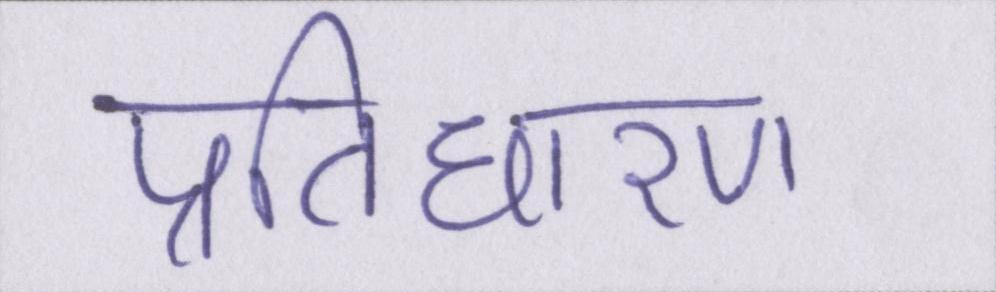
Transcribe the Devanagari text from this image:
प्रतिधारण